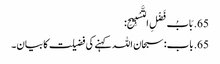
65. بَابُ فَضْلِ التَّسْبِیحِ:
65. باب: سبحان اللہ کہنے کی فضیلت کا بیان۔